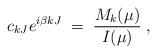
LaTeX: \begin{align*}c_{kJ}e^{i\beta kJ} \; = \; \frac{M_k(\mu)}{I(\mu)} \; ,\end{align*}